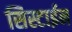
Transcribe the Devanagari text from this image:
सिस्टाईन